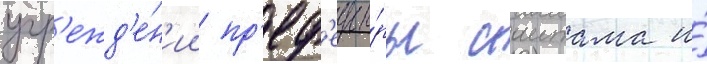
учр'ежд'е́н'ии пр'еф'екту́ры саитама и́